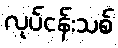
လုပ်ငန်းသစ်